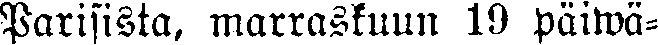
Parisista, marraskuun 19 päiwä-